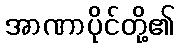
အာဏာပိုင်တို့၏